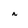
Character: n